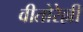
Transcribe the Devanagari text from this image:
वीतोरेल्ली